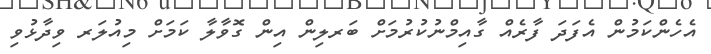
އެހެންކަމުން އެފަދަ ފާރެއް ގާއިމްނުކުރުމަށް ބަރލިން އިން ގޮވާލާ ކަމަށް މިއުލަރ ވިދާޅުވި